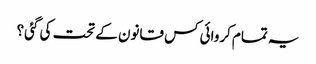
یہ تمام کروائی کس قانون کے تحت کی گئی؟